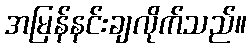
အမြန်နင်းချလိုက်သည်။